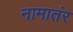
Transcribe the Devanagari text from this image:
नामातंर